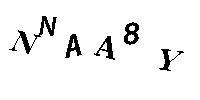
NNAA8Y